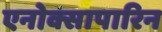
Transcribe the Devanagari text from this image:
एनोक्सापारिन